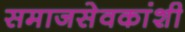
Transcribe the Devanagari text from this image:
समाजसेवकांशी